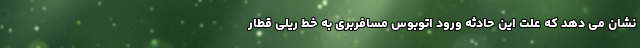
نشان می دهد که علت این حادثه ورود اتوبوس مسافربری به خط ریلی قطار